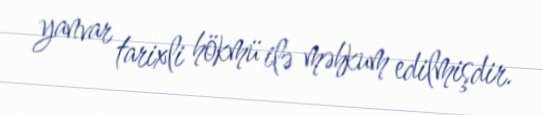
yanvar tarixli hökmü ilə məhkum edilmişdir.